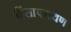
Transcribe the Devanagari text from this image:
हिंसापरायण